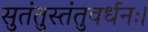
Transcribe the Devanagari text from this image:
सुतंतुस्तंतुवर्धनः।